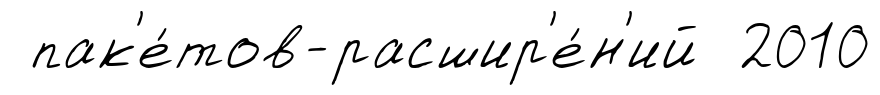
пак'е́тов-расшир'е́н'ий 2010